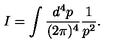
I = \int \frac { d ^ { 4 } p } { ( 2 \pi ) ^ { 4 } } \frac { 1 } { p ^ { 2 } } .